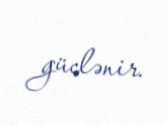
güclənir.